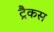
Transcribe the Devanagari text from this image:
ट्रैकस